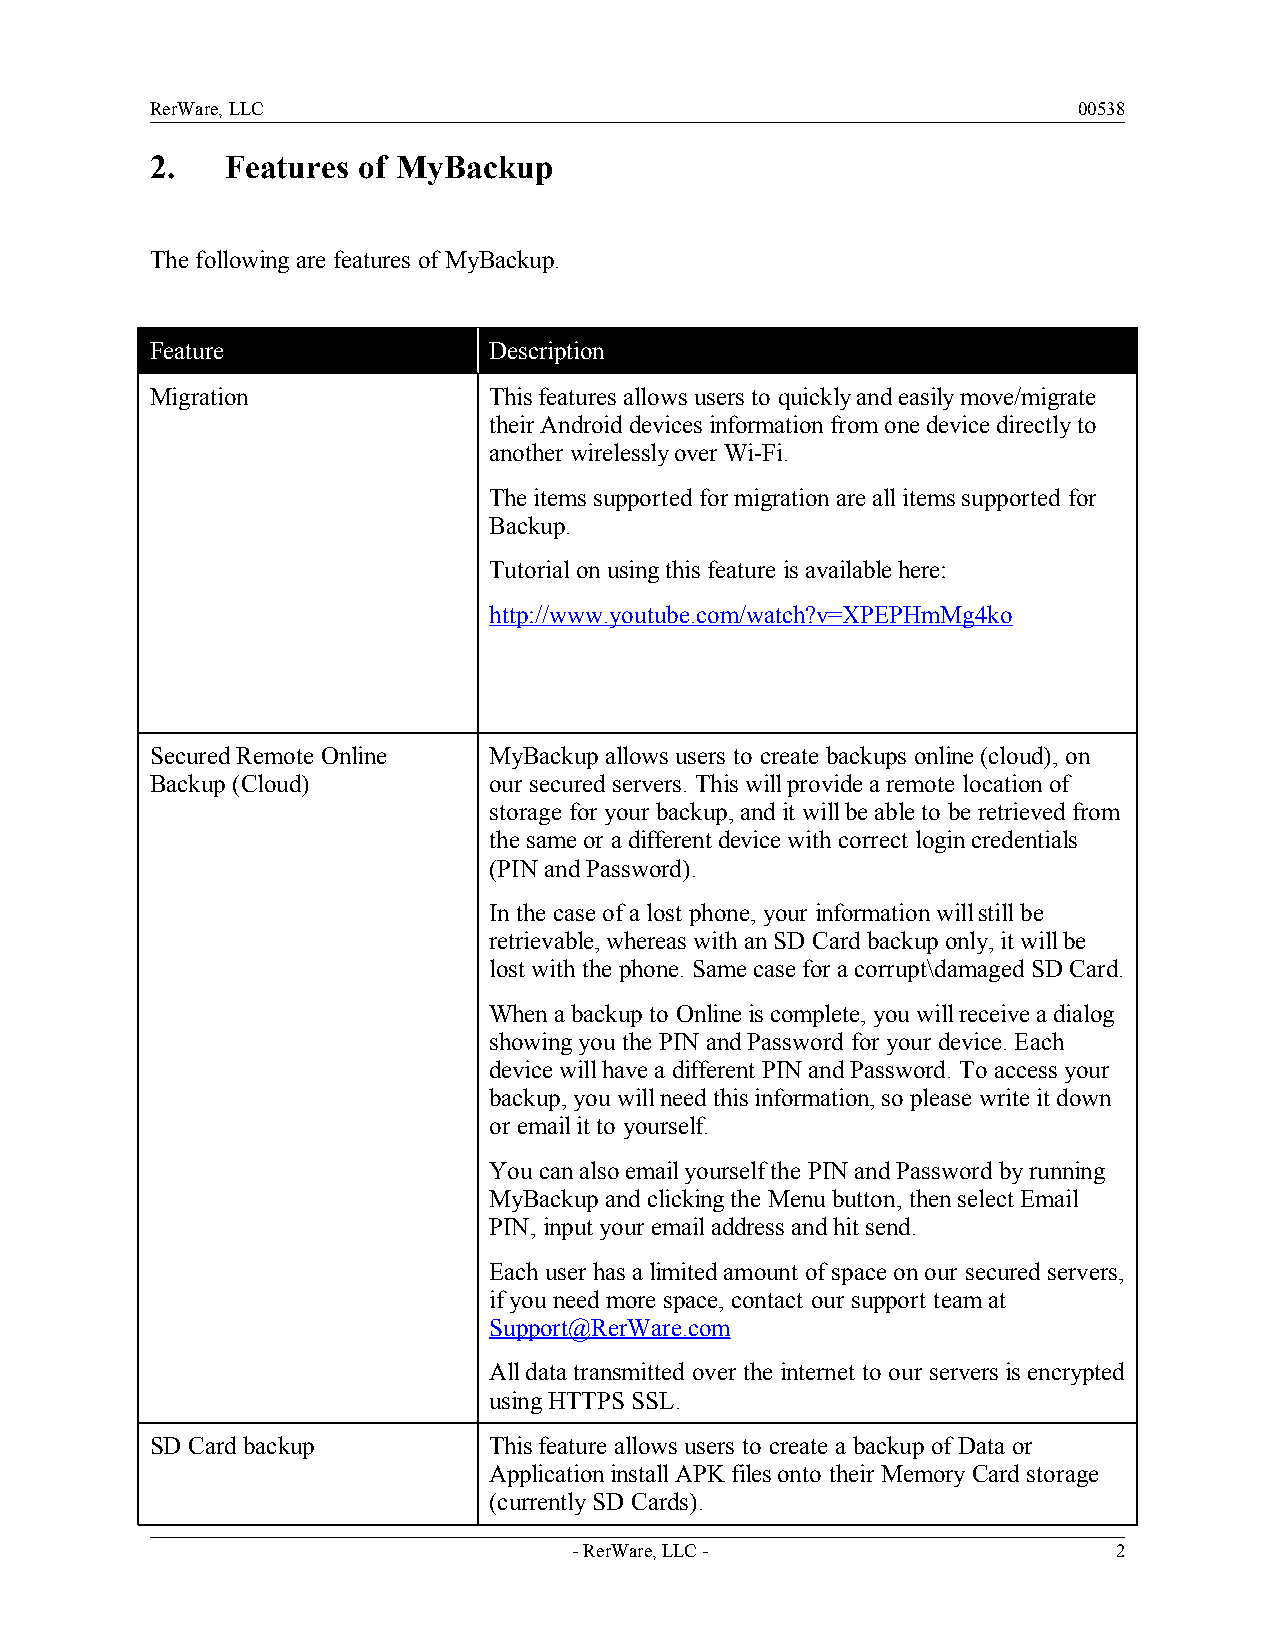
RerWare, LLC                                                 00538
 2.   Features of MyBackup
 The following are features of MyBackup.
 Feature               Description
 Migration             This features allows users to quickly and easily move/migrate
 their Android devices information from one device directly to
 another wirelessly over Wi-Fi.
 The items supported for migration are all items supported for
 Backup.
 Tutorial on using this feature is available here:
 http://www.youtube.com/watch?v=XPEPHmMg4ko
 Secured Remote Online MyBackup allows users to create backups online (cloud), on
 Backup (Cloud)        our secured servers. This will provide a remote location of
 storage for your backup, and it will be able to be retrieved from
 the same or a different device with correct login credentials
 (PIN and Password).
 In the case of a lost phone, your information will still be
 retrievable, whereas with an SD Card backup only, it will be
 lost with the phone. Same case for a corrupt\damaged SD Card.
 When a backup to Online is complete, you will receive a dialog
 showing you the PIN and Password for your device. Each
 device will have a different PIN and Password. To access your
 backup, you will need this information, so please write it down
 or email it to yourself.
 You can also email yourself the PIN and Password by running
 MyBackup and clicking the Menu button, then select Email
 PIN, input your email address and hit send.
 Each user has a limited amount of space on our secured servers,
 if you need more space, contact our support team at
 Support@RerWare.com
 All data transmitted over the internet to our servers is encrypted
 using HTTPS SSL.
 SD Card backup        This feature allows users to create a backup of Data or
 Application install APK files onto their Memory Card storage
 (currently SD Cards).
 - RerWare, LLC -                    2